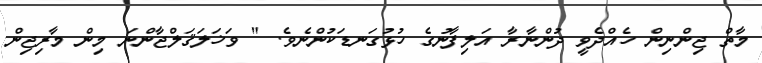
މާތް ޖިންނިން ހެއްދެވީ ދުންނާރާ އަލިފާނުގެ ހުޅުގަނޑަކުންނެވެ. " ވަޚަލަޤަލްޖާންނަ މިން މާރިޖިން